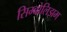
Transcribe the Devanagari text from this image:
सिम्बोलिझम